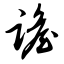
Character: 谵